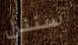
سننزل